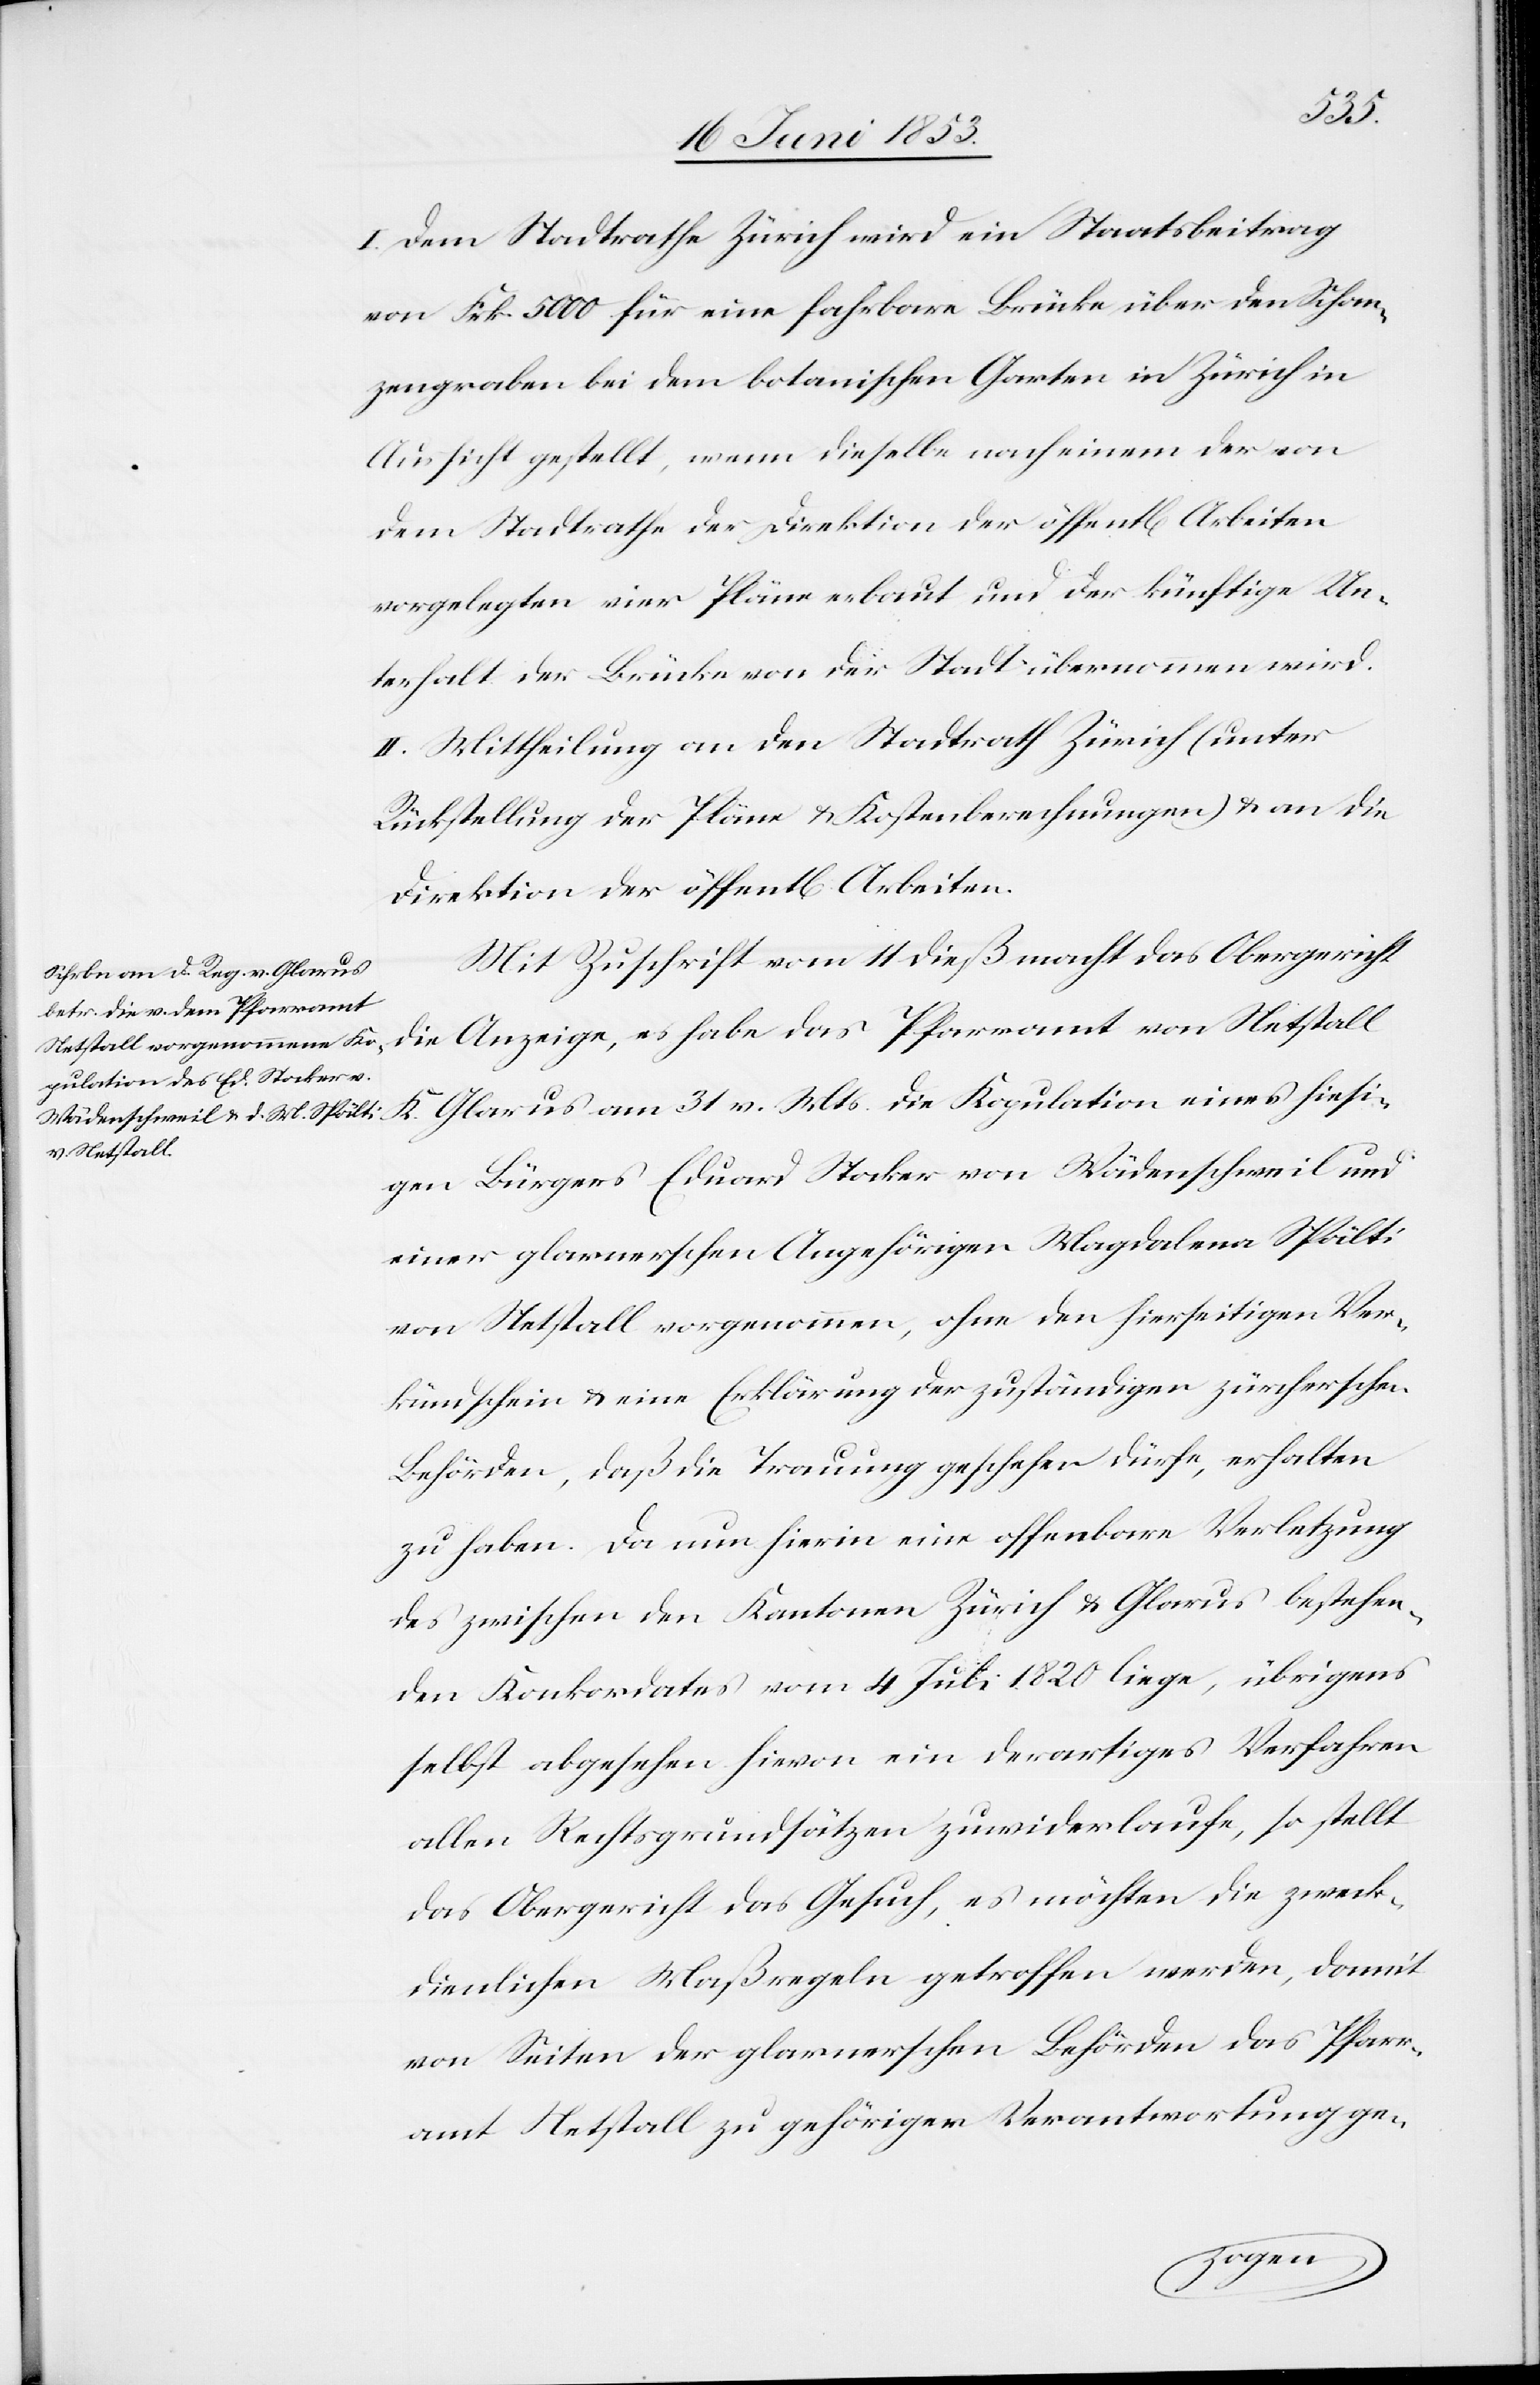
I. Dem Stadtrathe Zürich wird ein Staatsbeitrag
von Frk. 5000 für eine fahrbare Brücke über den Schan¬
zengraben bei dem botanischen Garten in Zürich in
Aussicht gestellt, wenn dieselbe nach einem der von
dem Stadtrathe der Direktion der öffentl[ichen] Arbeiten
vorgelegten vier Pläne erbaut und der künftige Un¬
terhalt der Brücke von der Stadt übernommen wird.
II. Mittheilung an den Stadtrath Zürich (unter
Rückstellung der Pläne u. Kostenberechnungen) u. an die
Direktion der öffentl[ichen] Arbeiten.
Mit Zuschrift vom 11 dieß macht das Obergericht
die Anzeige, es habe das Pfarramt von Netstall
K. Glarus am 31 v. Mts. die Kopulation eines hiesi¬
gen Bürgers Eduard Stocker von Wädenschweil und
einer glarnerschen Angehörigen Magdalena Spälti
von Netstall vorgenommen, ohne den hierseitigen Ver¬
kündschein u. eine Erklärung der zuständigen zürcherschen
Behörden, daß die Trauung geschehen dürfe, erhalten
zu haben. Da nun hierin eine offenbare Verletzung
des zwischen den Kantonen Zürich u. Glarus bestehen¬
den Konkordates vom 4 Juli 1820 liege, übrigens
selbst abgesehen hievon ein derartiges Verfahren
allen Rechtsgrundsätzen zuwiderlaufe, so stellt
das Obergericht das Gesuch, es möchten die zweck¬
dienlichen Maßregeln getroffen werden, damit
von Seiten der glarnerschen Behörden das Pfarr¬
amt Netstall zu gehöriger Verantwortung ge-